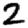
Digit: 2